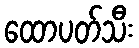
ထောပတ်သီး